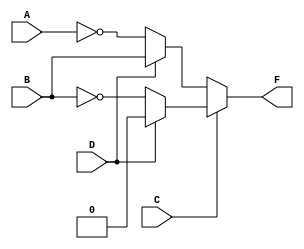
`timescale 1ns/1ps
module q3a (
        output wire F,
        input wire A,B,C,D
    );

    wire An = ~A;
    wire Bn = ~B;
    assign #10 F = C ? (D ? 0 : Bn) : (D ? B : An);

endmodule